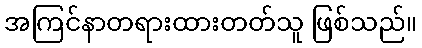
အကြင်နာတရားထားတတ်သူ ဖြစ်သည်။